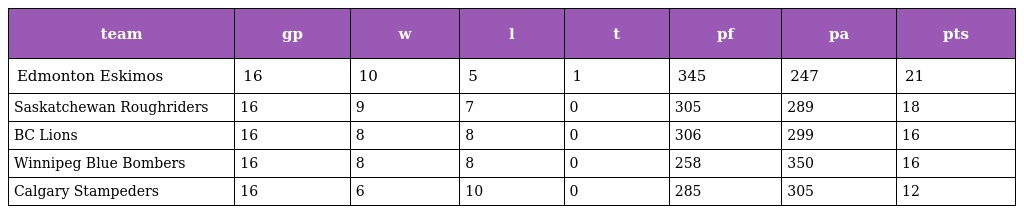
| team | gp | w | l | t | pf | pa | pts |
 | --- | --- | --- | --- | --- | --- | --- | --- |
 | Edmonton Eskimos | 16 | 10 | 5 | 1 | 345 | 247 | 21 |
 | Saskatchewan Roughriders | 16 | 9 | 7 | 0 | 305 | 289 | 18 |
 | BC Lions | 16 | 8 | 8 | 0 | 306 | 299 | 16 |
 | Winnipeg Blue Bombers | 16 | 8 | 8 | 0 | 258 | 350 | 16 |
 | Calgary Stampeders | 16 | 6 | 10 | 0 | 285 | 305 | 12 |